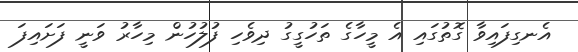
އެނގިފައިވާ ގޮތުގައި އެ މީހާގެ ތަހުގީގު ދިވެހި ފުލުހުން މިހާރު ވަނީ ފަށައިފަ